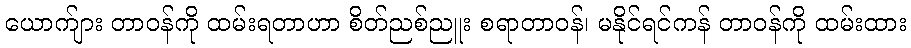
ယောက်ျား တာဝန်ကို ထမ်းရတာဟာ စိတ်ညစ်ညူး စရာတာဝန်၊ မနိုင်ရင်ကန် တာဝန်ကို ထမ်းထား